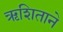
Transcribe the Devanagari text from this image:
ऋशिताने